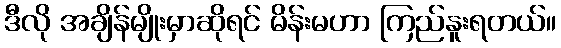
ဒီလို အချိန်မျိုးမှာဆိုရင် မိန်းမဟာ ကြည်နူးရတယ်။